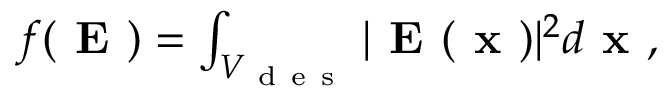
\begin{array} { r } { f ( \textbf { E } ) = \int _ { V _ { \mathrm { ~ d ~ e ~ s ~ } } } | \textbf { E } ( \textbf { x } ) | ^ { 2 } d \textbf { x } , } \end{array}